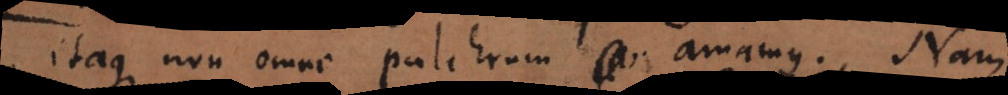
Itaque non omne pulchrum amamus. Nam